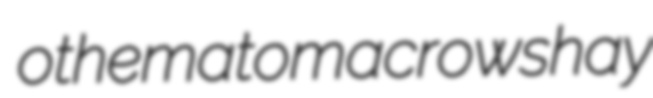
othematoma crowshay